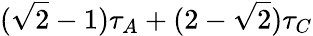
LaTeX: (\sqrt{2}-1)\tau_{A}+(2-\sqrt{2})\tau_{C}